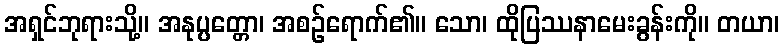
အရှင်ဘုရားသို့။ အနုပ္ပတ္တော၊ အစဉ်ရောက်၏။ သော၊ ထိုပြဿနာမေးခွန်းကို။ တယာ၊